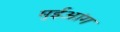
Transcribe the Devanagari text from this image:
मुईआंग